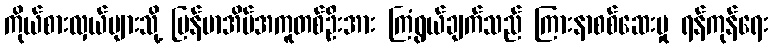
ကိုယ်စားလှယ်များသို့ မြန်မာအိမ်အကူတစ်ဦးအား ကြံရွယ်ချက်သည် ကြားနာစစ်ဆေးမှု ရန်ကုန်ရေး